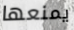
يمنعها